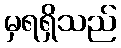
မှရရှိသည်